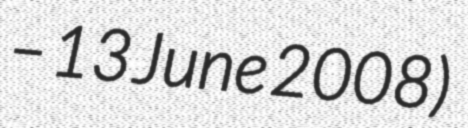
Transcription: – 13 June 2008)